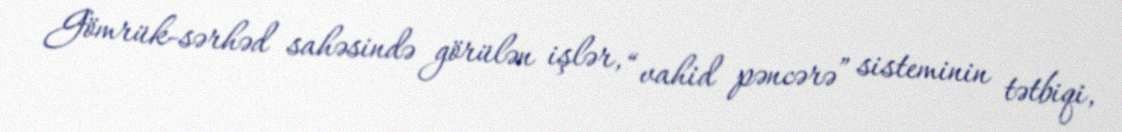
Gömrük-sərhəd sahəsində görülən işlər, “vahid pəncərə” sisteminin tətbiqi,